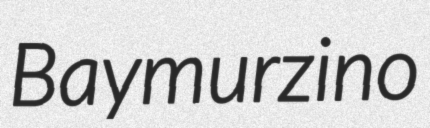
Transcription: Baymurzino